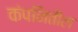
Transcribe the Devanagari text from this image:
कंपनितील